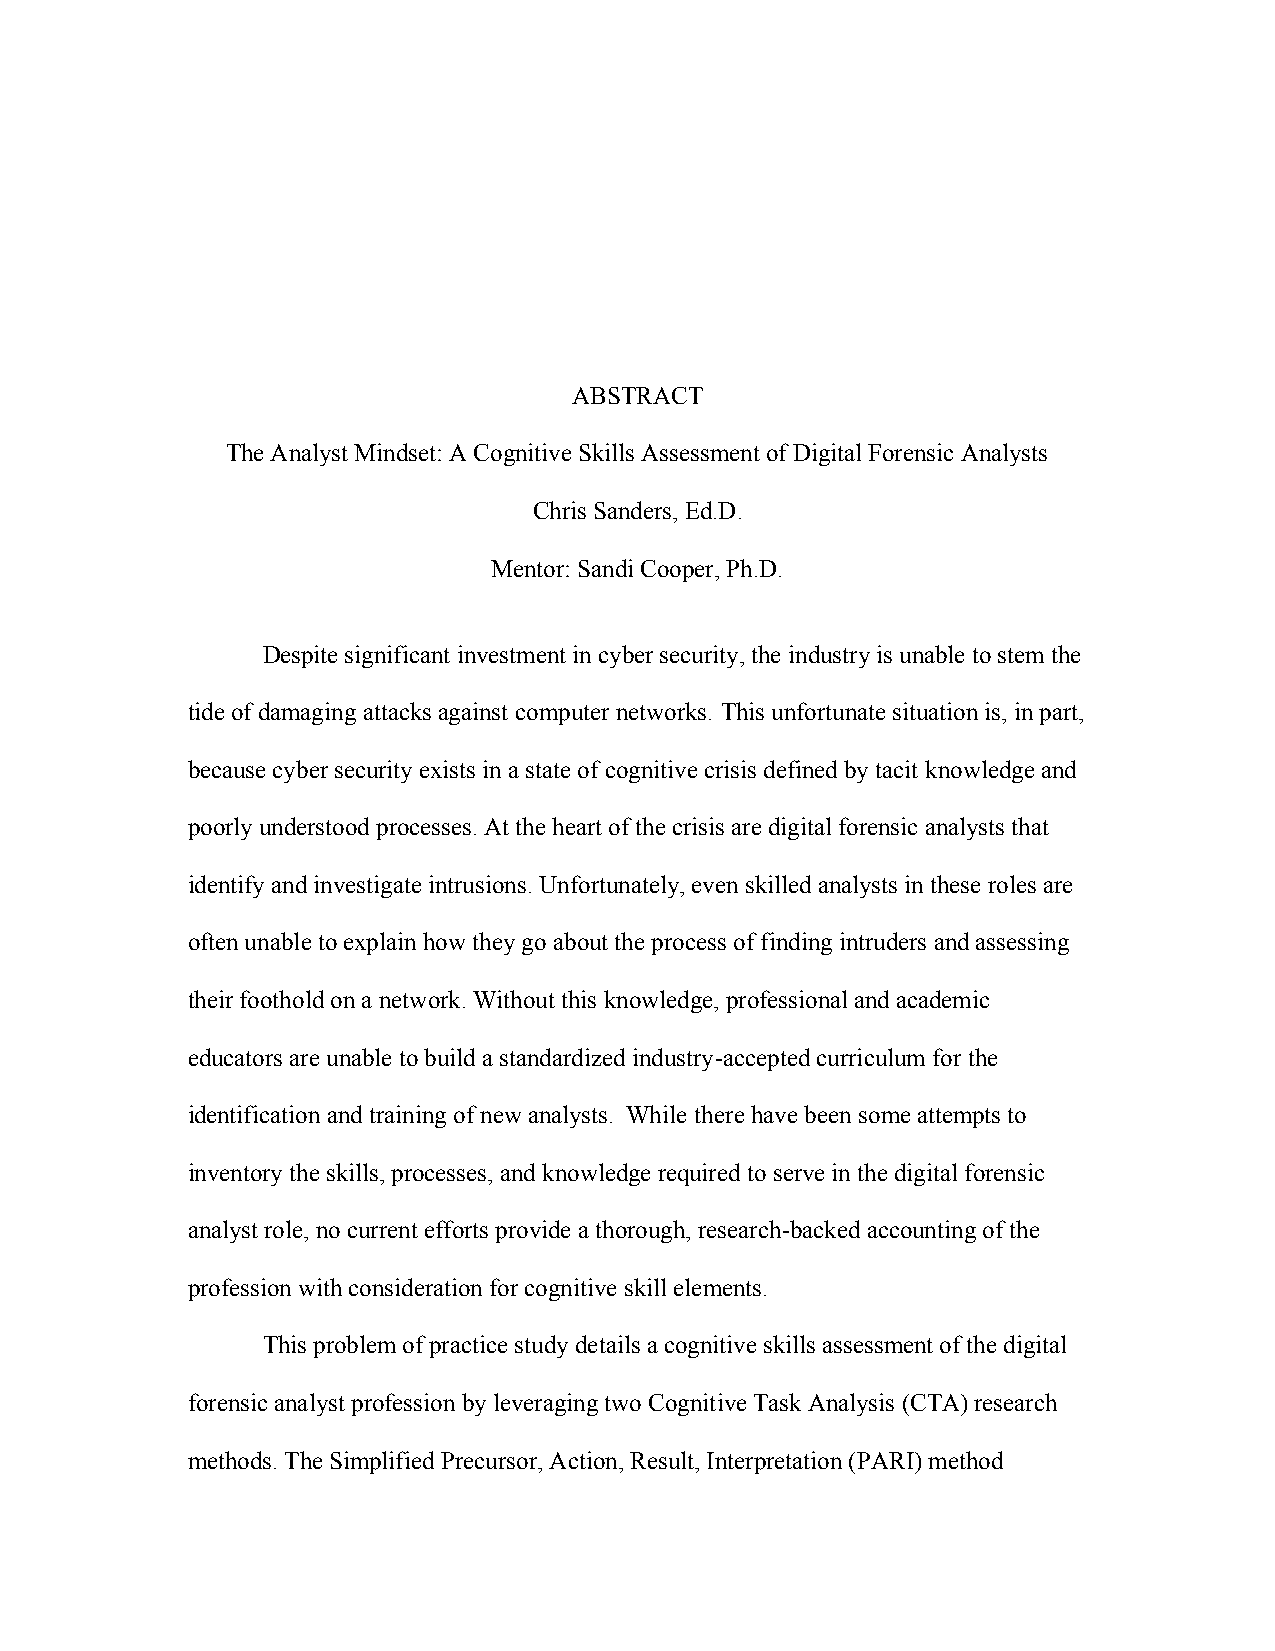
ABSTRACT
 The Analyst Mindset: A Cognitive Skills Assessment of Digital Forensic Analysts
 Chris Sanders, Ed.D.
 Mentor: Sandi Cooper, Ph.D.
 Despite significant investment in cyber security, the industry is unable to stem the
 tide of damaging attacks against computer networks. This unfortunate situation is, in part,
 because cyber security exists in a state of cognitive crisis defined by tacit knowledge and
 poorly understood processes. At the heart of the crisis are digital forensic analysts that
 identify and investigate intrusions. Unfortunately, even skilled analysts in these roles are
 often unable to explain how they go about the process of finding intruders and assessing
 their foothold on a network. Without this knowledge, professional and academic
 educators are unable to build a standardized industry-accepted curriculum for the
 identification and training of new analysts. While there have been some attempts to
 inventory the skills, processes, and knowledge required to serve in the digital forensic
 analyst role, no current efforts provide a thorough, research-backed accounting of the
 profession with consideration for cognitive skill elements.
 This problem of practice study details a cognitive skills assessment of the digital
 forensic analyst profession by leveraging two Cognitive Task Analysis (CTA) research
 methods. The Simplified Precursor, Action, Result, Interpretation (PARI) method